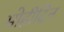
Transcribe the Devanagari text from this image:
मोहीदिन